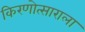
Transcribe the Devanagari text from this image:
किरणोत्साराला